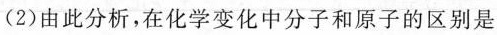
(2)由此分析，在化学变化中分子和原子的区别是